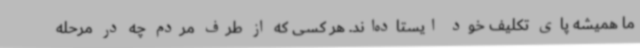
ما همیشه پای تکلیف خود ایستاده‌اند. هر کسی که از طرف مردم چه در مرحله